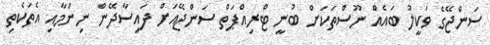
ސަންޖޭގެ ވަކީލު ބައެއް ނޫސްތަކަށް ބުނީ ޓްރިއްޕަތް ސަންޖޭއަށް ފައިސާދޭން ނިންމާއި އެތަކެތި